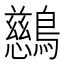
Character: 𪇔